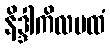
နိဒ္ဒါကိလမထံ